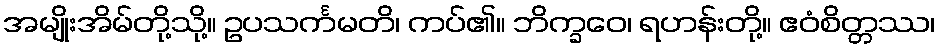
အမျိုးအိမ်တို့သို့။ ဥပသင်္ကမတိ၊ ကပ်၏။ ဘိက္ခဝေ၊ ရဟန်းတို့။ ဧဝံစိတ္တဿ၊